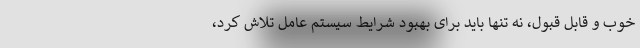
خوب و قابل قبول، نه تنها باید برای بهبود شرایط سیستم عامل تلاش کرد،